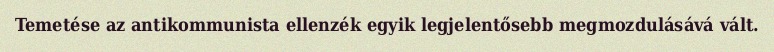
Temetése az antikommunista ellenzék egyik legjelentősebb megmozdulásává vált.